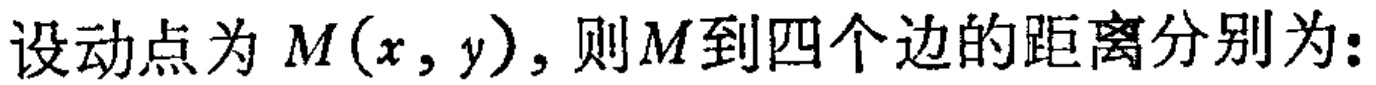
设动点为 \(M(x,y)\)，则 \(M\) 到四个边的距离分别为：